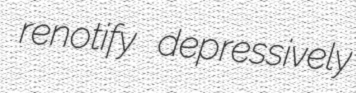
renotify depressively